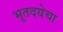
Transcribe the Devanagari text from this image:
भूतदयेचा